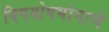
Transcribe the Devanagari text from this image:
विषयोपभोगाचे